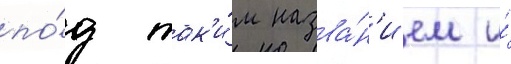
по́д так'и́м назва́н'ием и́